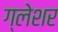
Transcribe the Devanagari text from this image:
ग्लेशर